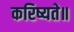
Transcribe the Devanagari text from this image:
करिष्यते॥